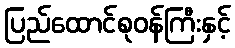
ပြည်ထောင်စုဝန်ကြီးနှင့်